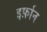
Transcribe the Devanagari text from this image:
इर्फ़ान